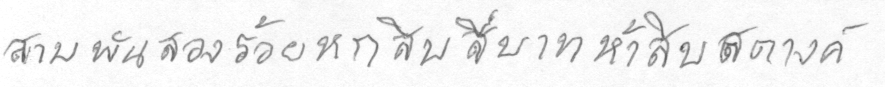
สามพันสองร้อยหกสิบสี่บาทห้าสิบสตางค์